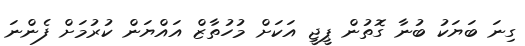
ގިނަ ބަޔަކު ބުނާ ގޮތުން ޕީޖީ އަކަށް މުހުތާޒް އައްޔަން ކުރުމަށް ފެންނަ